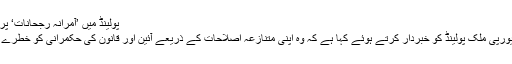
پولینڈ میں ’آمرانہ رجحانات‘ پر یورپی یونین میں تشویش
یورپی یونین نے مشرقی یورپی ملک پولینڈ کو خبردار کرتے ہوئے کہا ہے کہ وہ اپنی متنازعہ اصلاحات کے ذریعے آئین اور قانون کی حکمرانی کو خطرے میں ڈالنے سے باز رہے۔